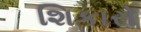
શિકારો